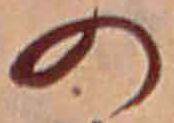
の